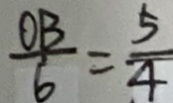
\frac { O B } { 6 } = \frac { 5 } { 4 }